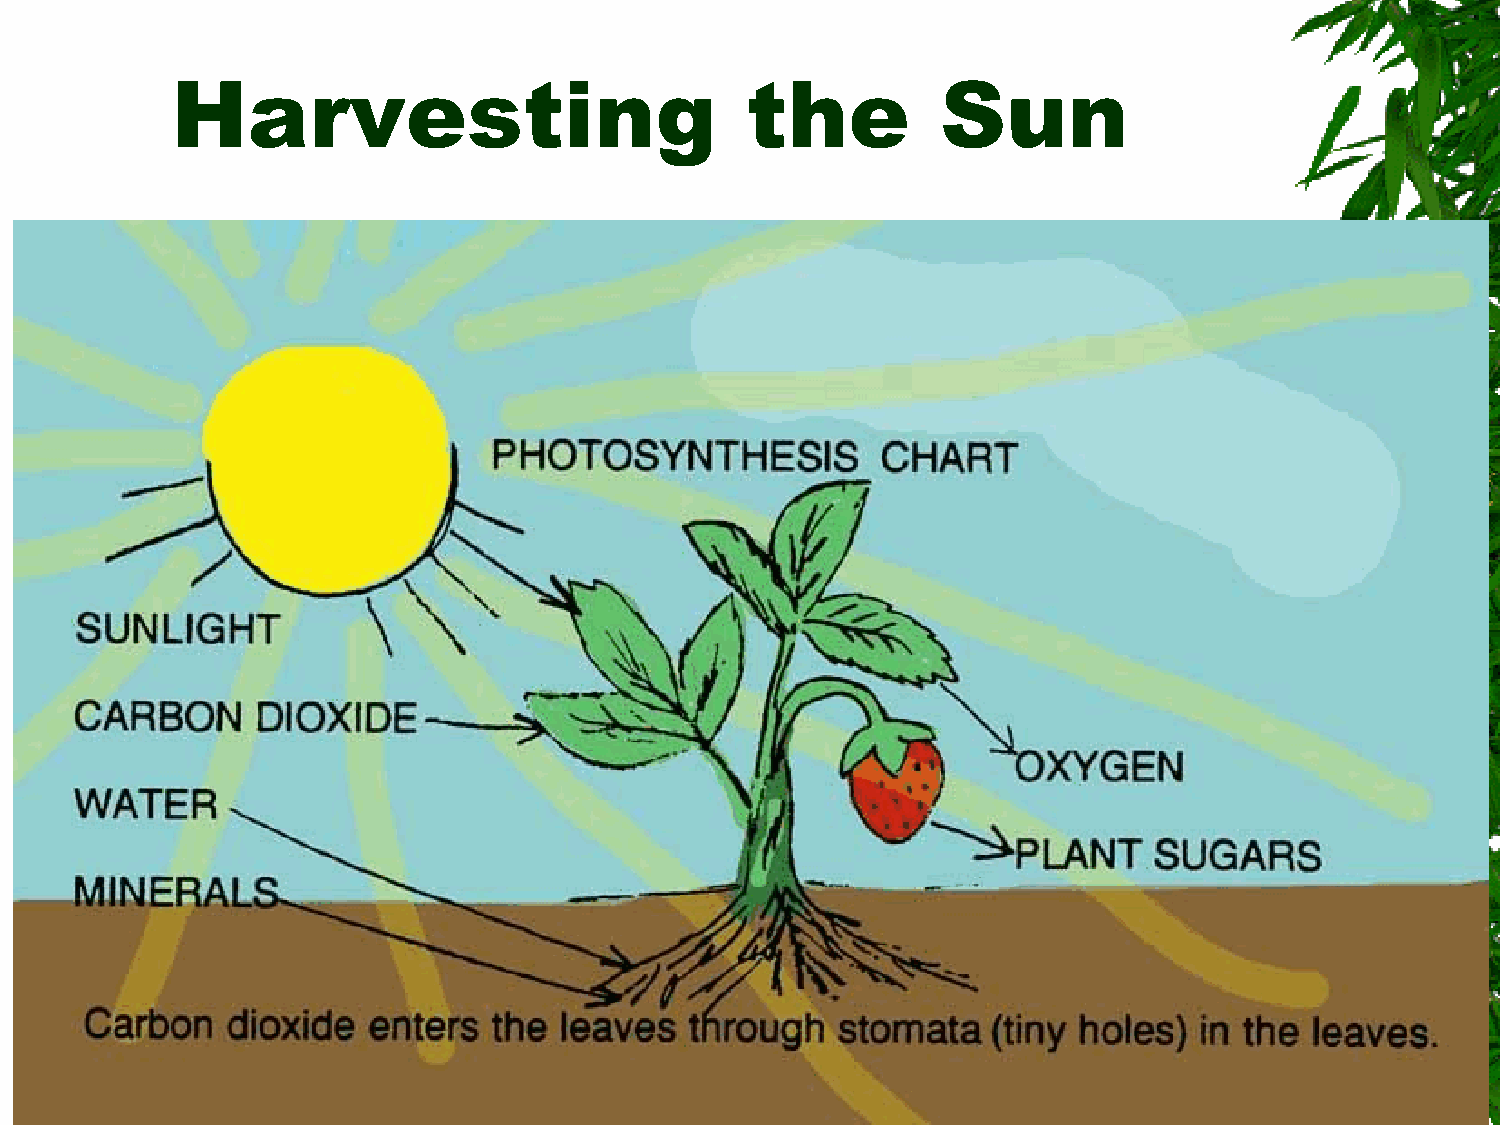
Harvesting                            the          Sun